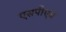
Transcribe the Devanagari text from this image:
एसपीएच